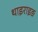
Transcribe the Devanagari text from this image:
थाइराइङ